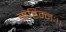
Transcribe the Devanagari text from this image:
महिम्नः।।